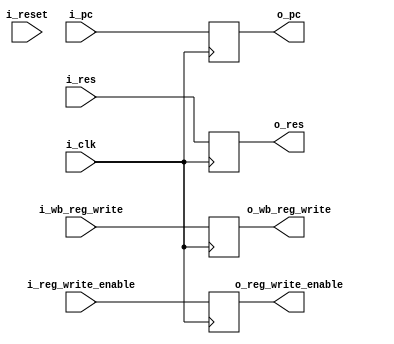
`timescale 1ns / 1ps
//////////////////////////////////////////////////////////////////////////////////
// Company: 
// Engineer: 
// 
// Design Name: 
// Module Name: latch_memwb
// Project Name: 
// Target Devices: 
// Tool Versions: 
// Description: 
// 
// Dependencies: 
// 
// Revision:
// Revision 0.01 - File Created
// Additional Comments:
// 
//////////////////////////////////////////////////////////////////////////////////


module latch_memwb# (
     parameter   PC_SIZE = 11,
     parameter   TAM_DATA = 32,
     parameter   DIRECCION_SIZE = 26,
     parameter   REGISTER_SIZE = 5
)
(
        input                                 i_clk,
        input                                 i_reset,

        input  [PC_SIZE - 1 : 0]              i_pc,
        input  [TAM_DATA - 1 : 0]             i_res,
        input  [REGISTER_SIZE - 1 : 0]        i_wb_reg_write,
        input                                 i_reg_write_enable,

        output  [PC_SIZE - 1 : 0]             o_pc,
        output  [TAM_DATA - 1 : 0]            o_res,
        output  [REGISTER_SIZE - 1 : 0]       o_wb_reg_write,
        output                                o_reg_write_enable

    );
    
    reg                                 reg_write_enable_tmp;
    reg  [REGISTER_SIZE - 1 : 0]        wb_reg_write_tmp;
    reg  [TAM_DATA - 1 : 0]             res_tmp;
    reg  [PC_SIZE - 1 : 0]             pc_tmp;
    
    
always @(negedge i_clk)
begin
    reg_write_enable_tmp <= i_reg_write_enable;
    wb_reg_write_tmp <= i_wb_reg_write;
    res_tmp <= i_res;
    pc_tmp <= i_pc;
end
        assign o_res =                   res_tmp;
        assign o_wb_reg_write =          wb_reg_write_tmp;
        assign o_pc =                    pc_tmp;
        assign o_reg_write_enable =      reg_write_enable_tmp;
endmodule